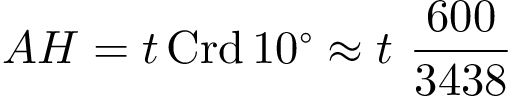
A H = t \operatorname { C r d } 1 0 ^ { \circ } \approx t \ { \frac { 6 0 0 } { 3 4 3 8 } }